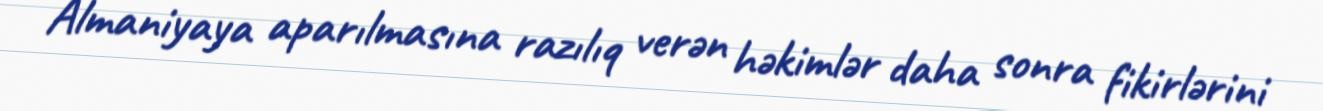
Almaniyaya aparılmasına razılıq verən həkimlər daha sonra fikirlərini